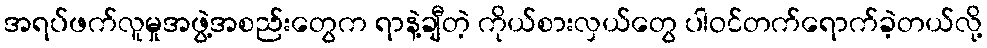
အရပ်ဖက်လူမှုအဖွဲ့အစည်းတွေက ရာနဲ့ချီတဲ့ ကိုယ်စားလှယ်တွေ ပါဝင်တက်ရောက်ခဲ့တယ်လို့